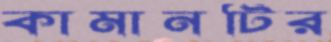
কামানটির